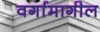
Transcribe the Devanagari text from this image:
वर्गामागील